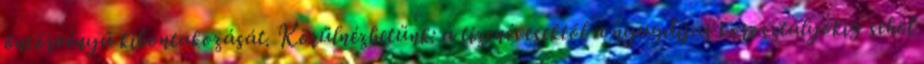
öntörvényű kibontakozását. Körülnézhetünk: a tizenévesektől a nyugdíjas korosztályokig sehol